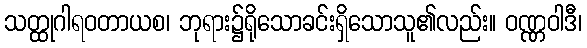
သတ္ထုဂါရဝတာယစ၊ ဘုရား၌ရိုသောခင်းရှိသောသူ၏လည်း။ ဝဏ္ဏဝါဒီ၊